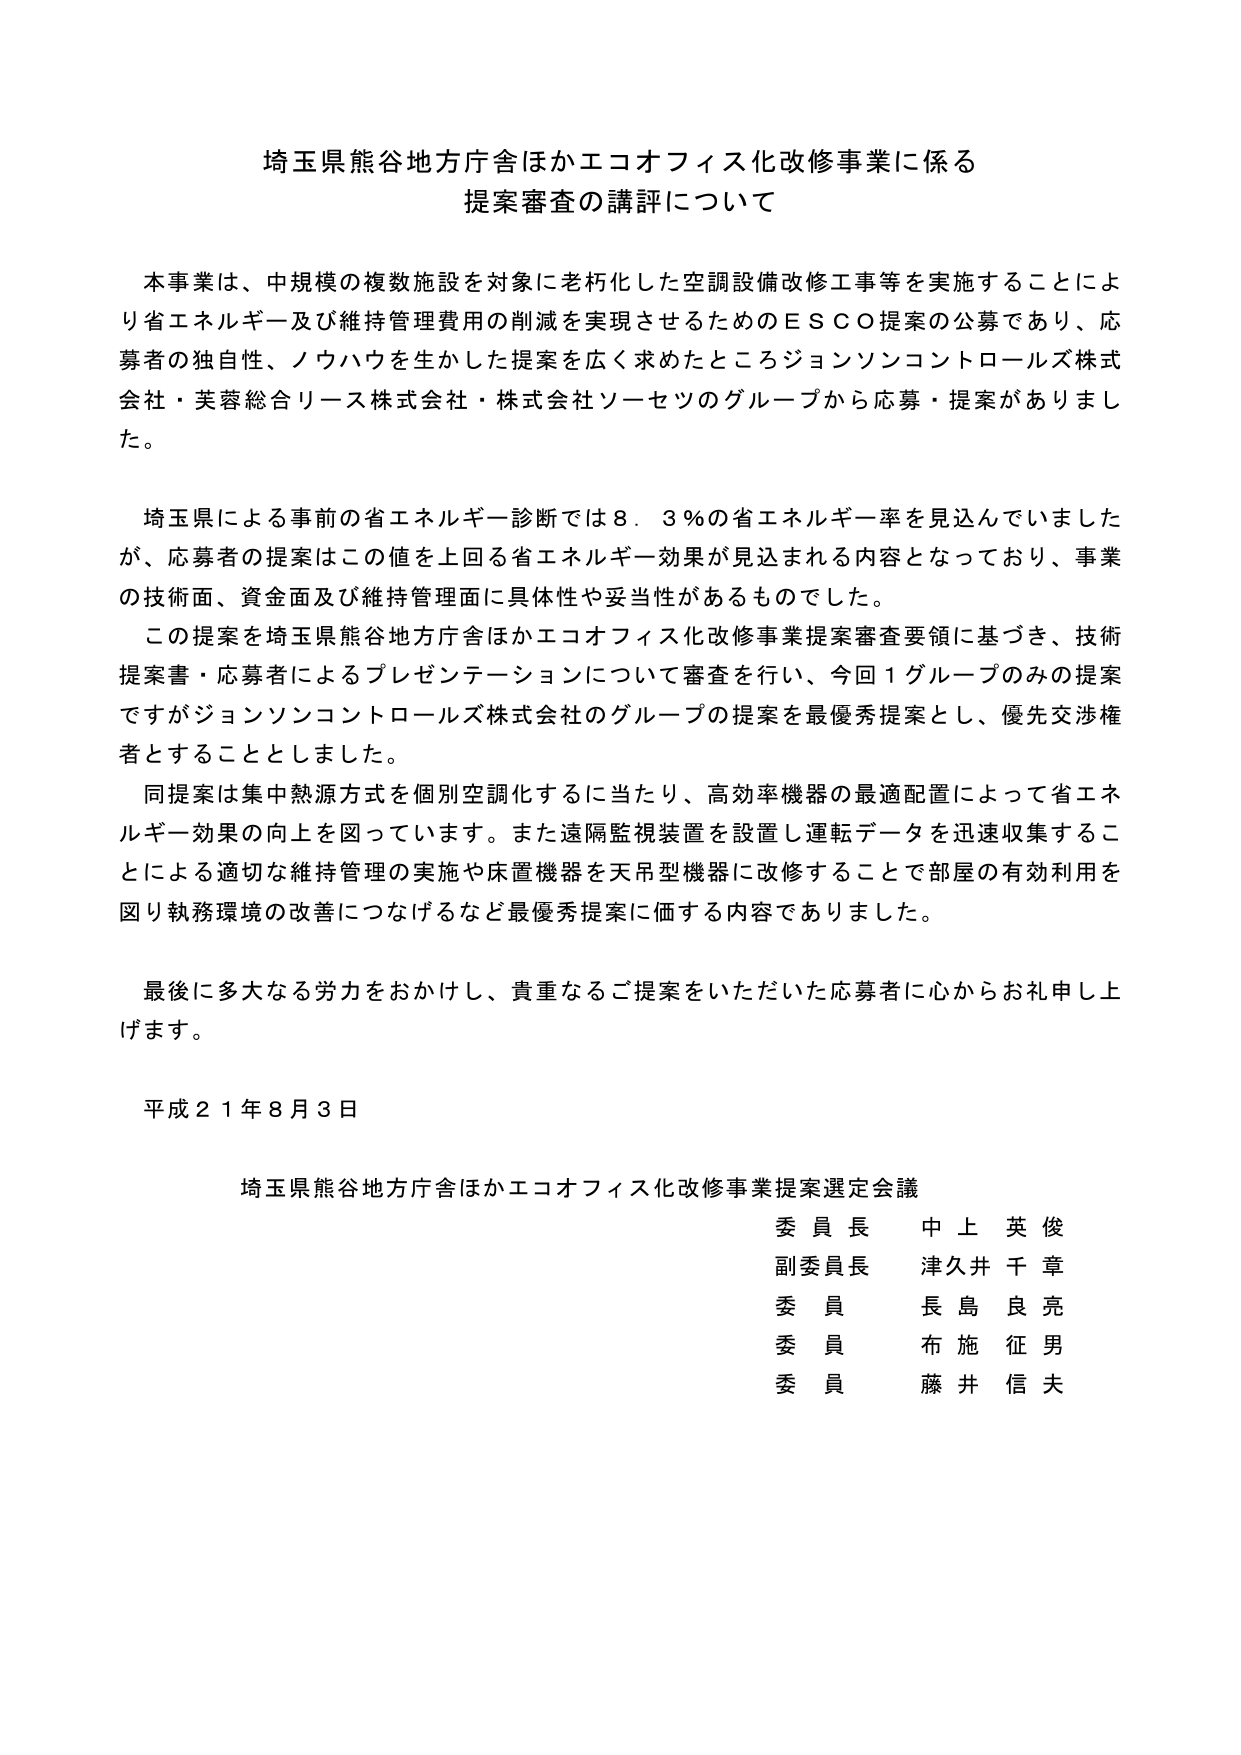
埼玉県熊谷地方庁舎ほかエコオフィス化改修事業に係る
提案審査の講評について

本事業は、中規模の複数施設を対象に老朽化した空調設備改修工事等を実施することにより省エネルギー及び維持管理費用の削減を実現させるためのＥＳＣＯ提案の公募であり、応募者の独自性、ノウハウを生かした提案を広く求めたところジョンソンコントロールズ株式会社・芙蓉総合リース株式会社・株式会社ソーセツのグループから応募・提案がありました。

埼玉県による事前の省エネルギー診断では８．３％の省エネルギー率を見込んでいましたが、応募者の提案はこの値を上回る省エネルギー効果が見込まれる内容となっており、事業の技術面、資金面及び維持管理面に具体性や妥当性があるものでした。
この提案を埼玉県熊谷地方庁舎ほかエコオフィス化改修事業提案審査要領に基づき、技術提案書・応募者によるプレゼンテーションについて審査を行い、今回１グループのみの提案ですがジョンソンコントロールズ株式会社のグループの提案を最優秀提案とし、優先交渉権者とすることとしました。
同提案は集中熱源方式を個別空調化するに当たり、高効率機器の最適配置によって省エネルギー効果の向上を図っています。また遠隔監視装置を設置し運転データを迅速収集することによる適切な維持管理の実施や床置機器を天吊型機器に改修することで部屋の有効利用を図り執務環境の改善につなげるなど最優秀提案に価する内容でありました。

最後に多大なる労力をおかけし、貴重なるご提案をいただいた応募者に心からお礼申し上げます。

平成２１年８月３日

埼玉県熊谷地方庁舎ほかエコオフィス化改修事業提案選定会議
委員長　中上英俊
副委員長　津久井千章
委員　長島良亮
委員　布施征男
委員　藤井信夫